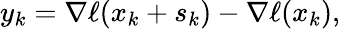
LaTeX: y_{k}=\nabla\ell(x_{k}+s_{k})-\nabla\ell(x_{k}),